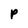
Character: P